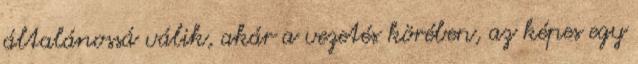
általánossá válik, akár a vezetés körében, az képes egy